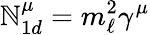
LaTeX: {\cal\mathbb{N}}_{1d}^{\mu}=m_{\ell}^{2}\gamma^{\mu}